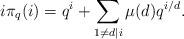
LaTeX: \begin{align*}i\pi_q(i) = q^i + \sum_{1\neq d\mid i} \mu(d) q^{i/d}.\end{align*}